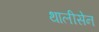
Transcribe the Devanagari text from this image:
थालीसेन